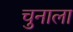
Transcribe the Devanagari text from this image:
चुनाला